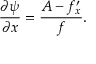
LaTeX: \frac { \partial \psi } { \partial x } = \frac { A - f _ { x } ^ { \prime } } { f } .